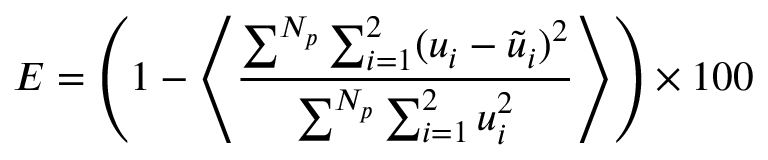
{ E } = \left( 1 - \left\langle \frac { \sum ^ { N _ { p } } \sum _ { i = 1 } ^ { 2 } ( u _ { i } - \tilde { u } _ { i } ) ^ { 2 } } { \sum ^ { N _ { p } } \sum _ { i = 1 } ^ { 2 } u _ { i } ^ { 2 } } \right\rangle \right) \times 1 0 0 \